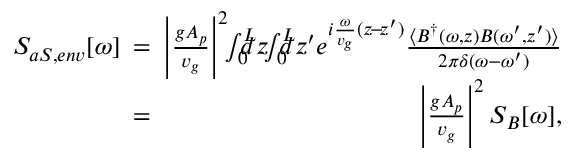
\begin{array} { r l r } { S _ { a S , e n v } [ \omega ] \! \! \! } & { = } & { \! \! \! \left| \frac { g A _ { p } } { v _ { g } } \right| ^ { 2 } \! \! \int _ { 0 } ^ { L } \! \! \! \! \! d z \! \! \int _ { 0 } ^ { L } \! \! \! \! \! d z ^ { \prime } e ^ { i \frac { \omega } { v _ { g } } ( z \! - \! z ^ { \prime } ) } \frac { \langle { B } ^ { \dag } ( \omega , z ) { B } ( \omega ^ { \prime } , z ^ { \prime } ) \rangle } { 2 \pi \delta ( \omega - \omega ^ { \prime } ) } } \\ & { = } & { \! \! \! \left| \frac { g A _ { p } } { v _ { g } } \right| ^ { 2 } S _ { B } [ \omega ] , } \end{array}